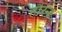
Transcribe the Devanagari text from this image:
हौरन